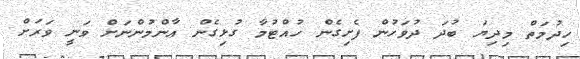
ހިދުމަތް މިދިޔަ ބުދަ ދުވަހުން ފެށިގެން ހުއްޓުމާ ގުޅިގެން އާންމުންނަށް ވަނީ ވަރަށް